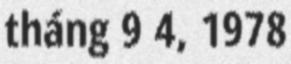
tháng 9 4, 1978